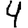
Digit: 4